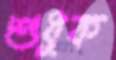
শুধুক